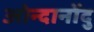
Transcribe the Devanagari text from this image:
ओन्दानोंदु